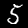
Label: 5